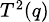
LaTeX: \scriptstyle{T^{2}(q)}